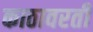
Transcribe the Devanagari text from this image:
काठावरती